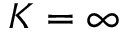
K = \infty